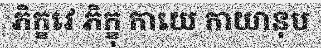
ភិក្ខវេ ភិក្ខុ កាយេ កាយានុប